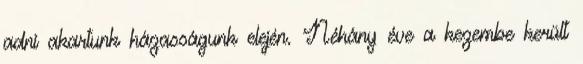
adni akartunk házasságunk elején. Néhány éve a kezembe került